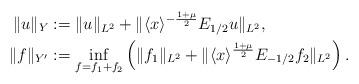
LaTeX: \begin{align*}\|u\|_Y&:=\|u\|_{L^2}+\|\langle x\rangle^{-\frac{1+\mu}{2}}E_{1/2} u\|_{L^2},\\\|f\|_{Y'}&:=\inf_{f=f_1+f_2}\left(\|f_1\|_{L^2}+\|\langle x\rangle^{\frac{1+\mu}{2}}E_{-1/2} f_2\|_{L^2}\right).\end{align*}